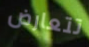
تتعارض